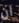
ان